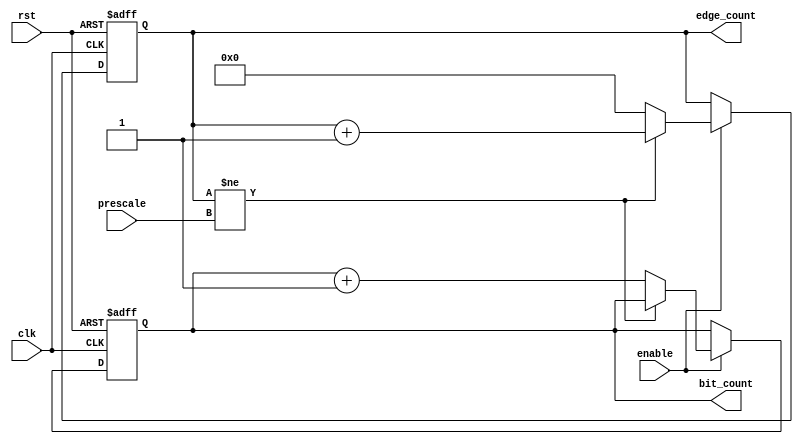
module edge_bit_counter (

input	wire				clk,
input	wire				rst,
input	wire				enable,
input	wire    	[4:0]		prescale,
output	reg		[3:0]	 	bit_count,
output	reg		[4:0]		edge_count		

);

always@(posedge clk or negedge rst)
begin

if(!rst)
begin
edge_count <= 5'b0 ;
bit_count <= 4'b0 ;
end

else if (enable)
begin

if(edge_count != prescale)
begin
edge_count <= edge_count + 1'b1 ;
end

else
begin
edge_count <= 5'b0;
bit_count <= bit_count + 1'b1 ;

end

end

end

endmodule